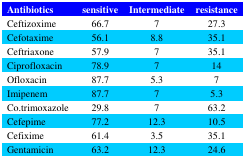
<table><thead><tr><td><b>Antibiotics </b></td><td><b>sensitive</b></td><td><b>Intermediate</b></td><td><b>resistance</b></td></tr></thead><tbody><tr><td>Ceftizoxime </td><td>66.7</td><td>7</td><td>27.3</td></tr><tr><td>Cefotaxime </td><td>56.1</td><td>8.8</td><td>35.1</td></tr><tr><td>Ceftriaxone</td><td>57.9</td><td>7</td><td>35.1</td></tr><tr><td>Ciprofloxacin </td><td>78.9</td><td>7</td><td>14</td></tr><tr><td>Ofloxacin </td><td>87.7</td><td>5.3</td><td>7</td></tr><tr><td>Imipenem </td><td>87.7</td><td>7</td><td>5.3</td></tr><tr><td>Co.trimoxazole </td><td>29.8</td><td>7</td><td>63.2</td></tr><tr><td>Cefepime</td><td>77.2</td><td>12.3</td><td>10.5</td></tr><tr><td>Cefixime</td><td>61.4</td><td>3.5</td><td>35.1</td></tr><tr><td>Gentamicin</td><td>63.2</td><td>12.3</td><td>24.6</td></tr></tbody></table>